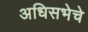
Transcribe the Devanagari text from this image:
अधिसभेचे